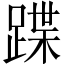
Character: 蹀